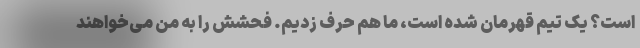
است؟ یک تیم قهرمان شده است، ما هم حرف زدیم. فحشش را به من می‌خواهند